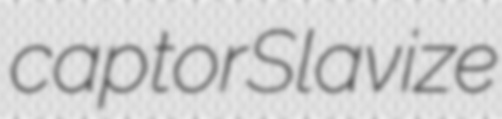
captor Slavize